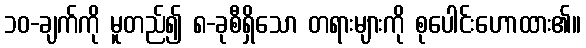
၁၀-ချက်ကို မူတည်၍ ၈-ခုစီရှိသော တရားများကို စုပေါင်းဟောထား၏။